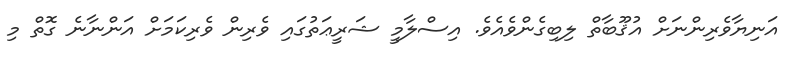
އަނިޔާވެރިންނަށް އުޤޫބާތް ލިބިގެންވެއެވެ. އިސްލާމީ ޝަރީޢަތުގައި ވެރިން ވެރިކަމަށް އަންނާނެ ގޮތް މި